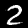
Label: 2